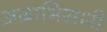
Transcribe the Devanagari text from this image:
अग्राभिसारी